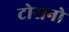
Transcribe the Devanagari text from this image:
टोरानो